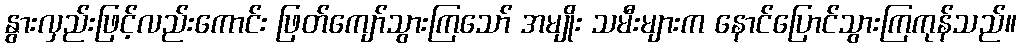
နွားလှည်းဖြင့်လည်းကောင်း ဖြတ်ကျော်သွားကြသော် အမျိုး သမီးများက နောင်ပြောင်သွားကြကုန်သည်။